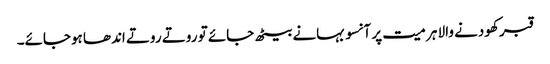
قبر کھودنے والا ہر میت پر آنسو بہانے بیٹھ جائے تو روتے روتے اندھا ہوجائے۔